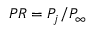
P R = P _ { j } / P _ { \infty }